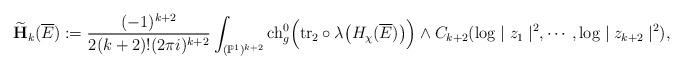
LaTeX: \begin{align*}\widetilde{\mathbf{H}}_k(\overline{E}):=\frac{(-1)^{k+2}}{2(k+2)!(2\pi i)^{k+2}}&\int_{(\mathbb{P}^1)^{k+2}}{\rm ch}_g^0\Big({\rm tr}_2\circ \lambda\big(H_\chi(\overline{E})\big)\Big)\wedge C_{k+2}(\log\mid z_1\mid^2,\cdots,\log\mid z_{k+2}\mid^2),\end{align*}